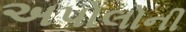
અપોલોની